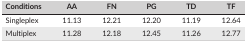
<table><thead><tr><td><b>Conditions</b></td><td><b>AA</b></td><td><b>FN</b></td><td><b>PG</b></td><td><b>TD</b></td><td><b>TF</b></td></tr></thead><tbody><tr><td>Singleplex</td><td>11.13</td><td>12.21</td><td>12.20</td><td>11.19</td><td>12.64</td></tr><tr><td>Multiplex</td><td>11.28</td><td>12.18</td><td>12.45</td><td>11.26</td><td>12.77</td></tr></tbody></table>